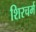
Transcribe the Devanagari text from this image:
शिरचर्म